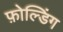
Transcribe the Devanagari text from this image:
फ़ोल्डिंग